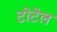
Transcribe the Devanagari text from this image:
टोटेल